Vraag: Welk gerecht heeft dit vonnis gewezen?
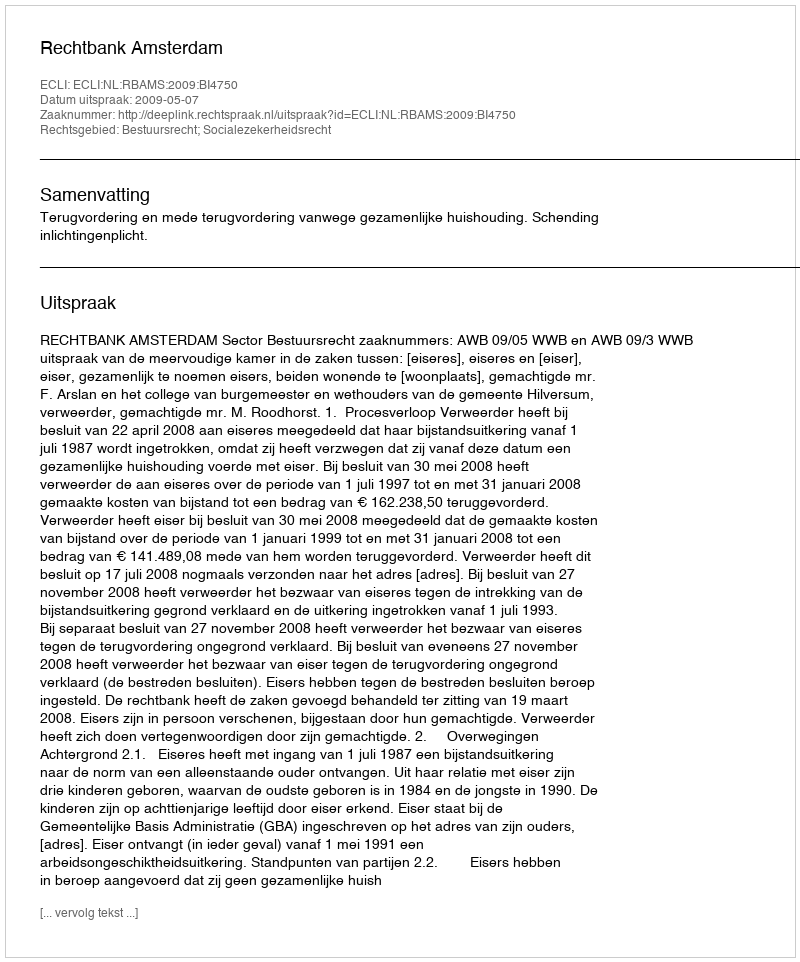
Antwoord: Rechtbank Amsterdam